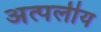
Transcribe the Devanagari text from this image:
अत्पलीय